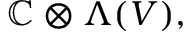
\mathbb { C } \otimes \Lambda ( V ) ,